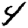
Digit: 4